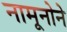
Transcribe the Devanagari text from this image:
नामूनोने